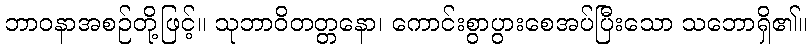
ဘာဝနာအစဉ်တို့ဖြင့်။ သုဘာဝိတတ္တနော၊ ကောင်းစွာပွားစေအပ်ပြီးသော သဘောရှိ၏။